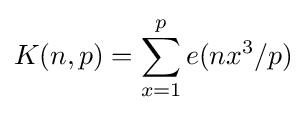
K(n,p)=\sum _{x=1}^{p}e(nx^{3}/p)